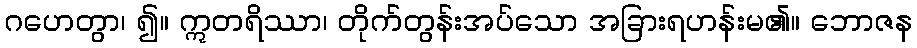
ဂဟေတွာ၊ ၍။ ဣတရိဿာ၊ တိုက်တွန်းအပ်သော အခြားရဟန်းမ၏။ ဘောဇန